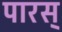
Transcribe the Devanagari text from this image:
पारस्